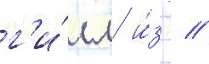
г'и́лл и́з  //